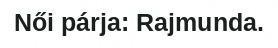
Női párja: Rajmunda.